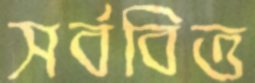
সর্ববিত্ত